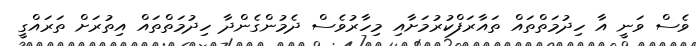
ވެސް ވަނީ އާ ހިދުމަތްތައް ތައާރަފްކުރުމަށާއި މިހާރުވެސް ދެމުންގެންދާ ހިދުމަތްތައް އިތުރަށް ތަރައްގީ